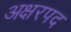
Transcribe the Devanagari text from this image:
अक्षरपद